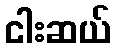
ငါးဆယ်